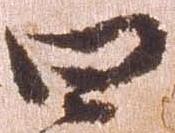
四